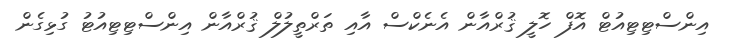
އިންސްޓިޓިއުޓް އޮފް ހޮލީ ޤުރްއާން އެނެކްސް އާއި ތަރްތީލުލް ޤުރްއާން އިންސްޓިޓިއުޓު ގުޅިގެން